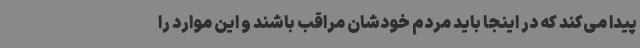
پیدا می‌کند که در اینجا باید مردم خودشان مراقب باشند و این موارد را